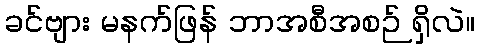
ခင်ဗျား မနက်ဖြန် ဘာအစီအစဉ် ရှိလဲ။